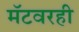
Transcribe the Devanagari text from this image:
मॅटवरही